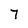
Character: 7